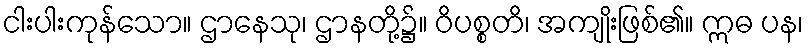
ငါးပါးကုန်သော။ ဌာနေသု၊ ဌာနတို့၌။ ဝိပစ္စတိ၊ အကျိုးဖြစ်၏။ ဣဓ ပန၊